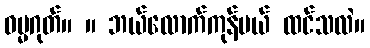
ဓမ္မဂုတ်။ ။ ဘယ်လောက်ကုန်မယ် ထင်သလဲ။